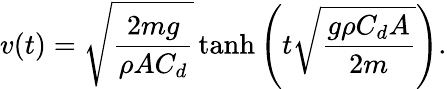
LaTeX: v(t)={\sqrt{\frac{2mg}{\rho AC_{d}}}}\operatorname{tanh}\left(t{\sqrt{\frac{g\rho C_{d}A}{2m}}}\right).